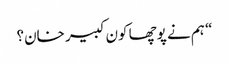
“ ہم نے پوچھا کون کبیر خان؟